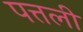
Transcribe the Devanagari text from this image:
पत्तली